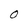
Character: O